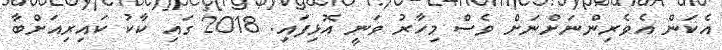
އެކަން އެވެރިންނަށްނަށް ވެސް މިހާރު ވަނީ އޮޅިފައި. 2018 ގައި ކާކު ކައިރިއަށްބާ